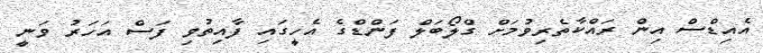
އެއިޑްސް އިން ރައްކާތެރިވުމަށް ގްލޯބަލް ފަންޑްގެ އެހީގައި ފާއިތުވި ފަސް އަހަރު ވަނީ